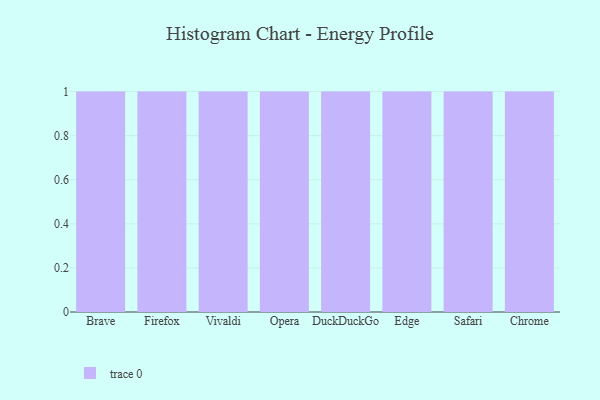
{"axis": {"x": "Browser", "y": "Humidity (%)"}, "legend": [""], "data": [{"x": "Brave", "y": 21, "type": ""}, {"x": "Firefox", "y": 79, "type": ""}, {"x": "Vivaldi", "y": 65, "type": ""}, {"x": "Opera", "y": 89, "type": ""}, {"x": "DuckDuckGo", "y": 6, "type": ""}, {"x": "Edge", "y": 36, "type": ""}, {"x": "Safari", "y": 43, "type": ""}, {"x": "Chrome", "y": 23, "type": ""}]}